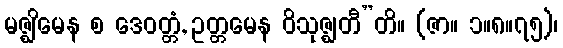
မဇ္ဈိမေန စ ဒေဝတ္တံ, ဥတ္တမေန ဝိသုဇ္ဈတီ”တိ။ (ဇာ။ ၁။၈။၇၅)၊